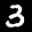
Label: 3